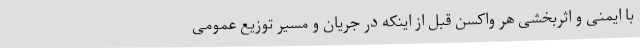
با ایمنی و اثربخشی‌ هر واکسن قبل از اینکه در جریان و مسیر توزیع عمومی